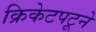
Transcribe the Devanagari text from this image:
क्रिकेटपटूने